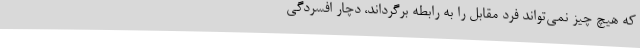
که هیچ چیز نمی‌تواند فرد مقابل را به رابطه برگرداند، دچار افسردگی